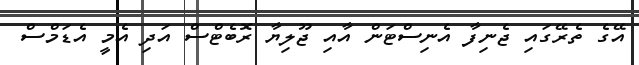
އޭގެ ތެރޭގައި ޖެނިފާ އެނިސްޓަން އާއި ޖޫލިޔާ ރޮބެޓްސް އަދި އެމީ އެޑަމްސް